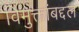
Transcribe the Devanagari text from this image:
विमुक्तांबद्दल